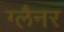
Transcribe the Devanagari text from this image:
ग्लैनर